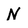
Character: N